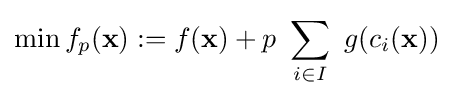
\min f_{p}(\mathbf {x} ):=f(\mathbf {x} )+p~\sum _{i\in I}~g(c_{i}(\mathbf {x} ))